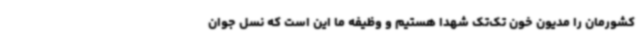
کشورمان را مدیون خون تک‌تک شهدا هستیم و وظیفه ما این است که نسل جوان